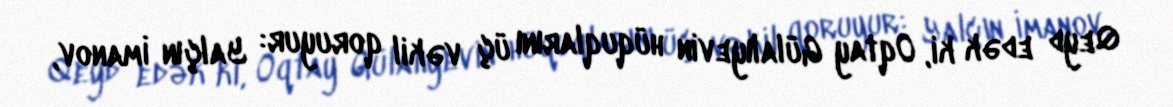
Qeyd edək ki, Oqtay Gülalıyevin hüquqlarını üç vəkil qoruyur: Yalçın İmanov,